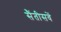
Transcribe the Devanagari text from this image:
सैंतीसवें